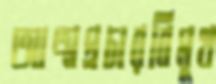
আত্মপ্রচারবিমুখ